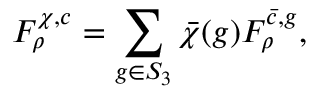
F _ { \rho } ^ { \chi , c } = \sum _ { g \in S _ { 3 } } \bar { \chi } ( g ) F _ { \rho } ^ { \bar { c } , g } ,